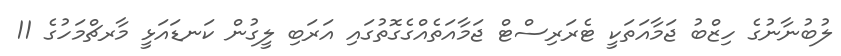
ލުބުނާނުގެ ހިޒްބު ޖަމާއަތަކީ ޓެރަރިސްޓް ޖަމާއަތެއްގެގޮތުގައި އަރަބި ލީގުން ކަނޑައަޅީ މާރޗްމަހުގެ 11